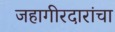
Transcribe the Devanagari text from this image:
जहागीरदारांचा